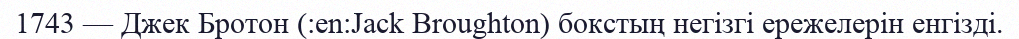
1743 — Джек Бротон (:en:Jack Broughton) бокстың негізгі ережелерін енгізді.